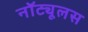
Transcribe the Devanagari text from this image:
नॉट्यूलस